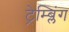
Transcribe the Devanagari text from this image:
ट्रेम्ब्लिंग